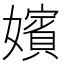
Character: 嬪